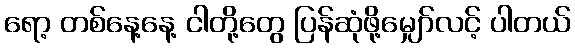
ရော့ တစ်နေ့နေ့ ငါတို့တွေ ပြန်ဆုံဖို့မျှော်လင့် ပါတယ်